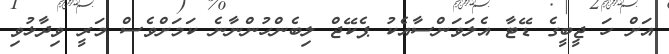
އަށް ހަ ޖީބީގެ ޑޭޓާ އެލަވަންސާއެކު ޕެކޭޖް ލިބެންހުންނާނެ ކަމަށްވެސް މަރީ ވިދާޅުވި